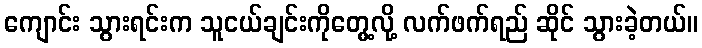
ကျောင်း သွားရင်းက သူငယ်ချင်းကိုတွေ့လို့ လက်ဖက်ရည် ဆိုင် သွားခဲ့တယ်။